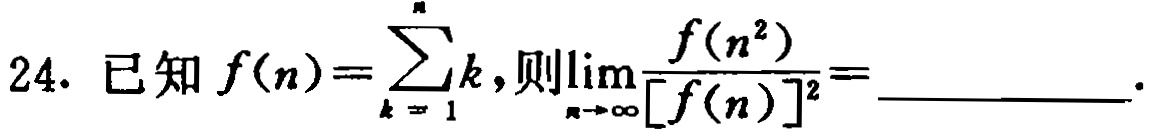
24. 已知$f(n)=\sum_{k = 1}^{n}k,则\lim_{n\rightarrow\infty}\frac{f(n^{2})}{[f(n)]^{2}} = \_\_\_\_\_\_\_\_$.